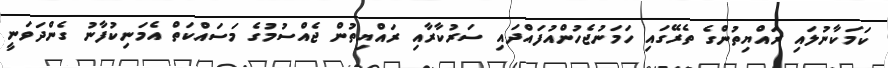
ކަމަކާނުލައި ރައްޔިތުންގެ ތެރޭގައި ހަމަނުޖެހުންއުފައްދައި ސަރުކާރާއި ރައްޔިތުން ޖެއްސުމުގެ މަސައްކަތް އެމަނިކުފާނު ގެންދަވަނީ